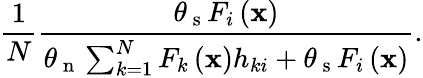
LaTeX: \frac{1}{N}\frac{\theta_{\mathrm{~s~}}F_{i}\left(\mathbf{x}\right)}{\theta_{\mathrm{~n~}}\sum_{k=1}^{N}F_{k}\left(\mathbf{x}\right)h_{ki}+\theta_{\mathrm{~s~}}F_{i}\left(\mathbf{x}\right)}.